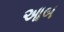
આબ